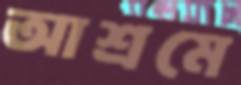
আশ্রমে